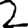
Digit: 2